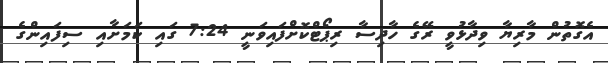
އެގޮތުން މާރިޔާ ވިދާޅުވީ ރޭގެ ހާދިސާ ރިޕޯޓްކޮށްފައިވަނީ 7:24 ގައި ކަމަށާއި ސިފައިންގެ